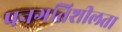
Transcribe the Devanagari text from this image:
पनगतिशीलता